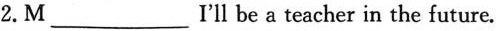
2.M___ r'll be a teacher in the future.